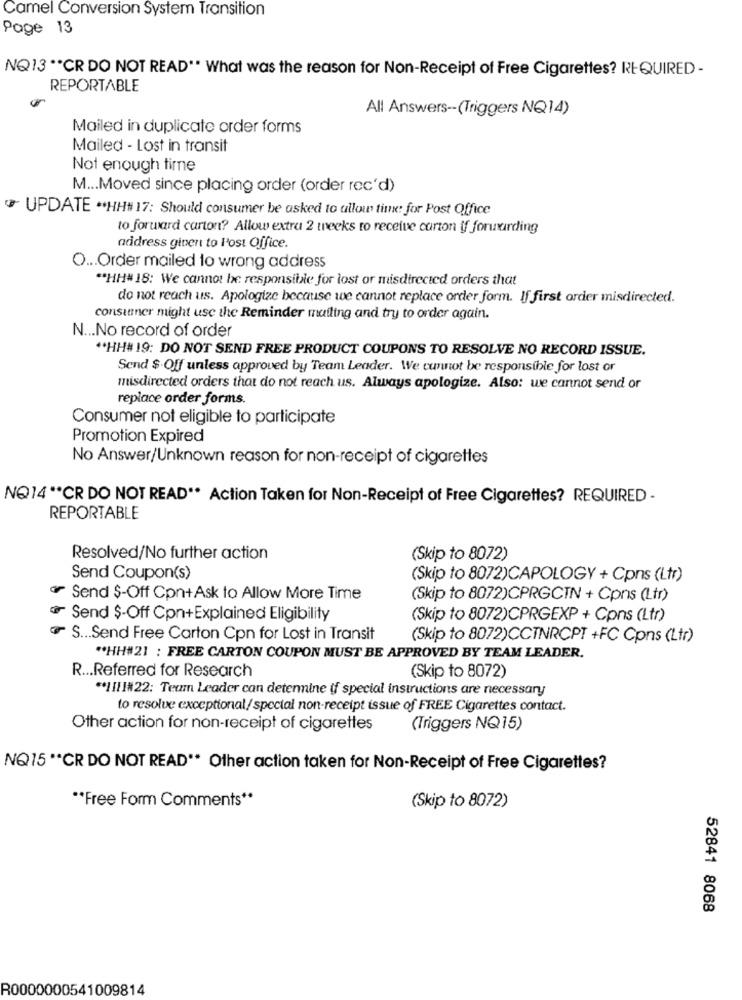
Camel Conversion System Transition
Page 13
NQ13 ** CR DO NOT READ". What was the reason for Non-Receipt of Free Cigarettes? REQUIRED -
REPORTABLE
All Answers -- (Triggers NQ14)
Mailed in duplicate order forms
Mailed - Lost in transit
Not enough time
M ... Moved since placing order (order rec'd)
UPDATE ** HH# 17: Should consumer be asked to allow time: for Post Office
to forward carton? Allow extra 2 weeks to receive carton if forwarding
address given to l'ost Office.
O ... Order mailed to wrong address
"HH# 18: We cannot be responsible for lost or misdirected orders that
do not reach us. Apologize because we cannot replace order form. If first order misdirected.
consinner might use the Reminder mailing and try to order again.
N ... No record of order
"HH# 19: DO NOT SEND FREE PRODUCT COUPONS TO RESOLVE NO RECORD ISSUE.
Send $ Off unless approved by Team Leader. We cannot be responsible for lost or
misdirected orders that do not reach us. Always apologize. Also: we cannot send or
replace order forms.
Consumer not eligible to participate
Promotion Expired
No Answer/Unknown reason for non-receipt of cigarettes
NQ14 ** CR DO NOT READ ** Action Taken for Non-Receipt of Free Cigarettes? REQUIRED -
REPORTABLE
Resolved/No further action
(Skip to 8072)
Send Coupon(s)
(Skip to 8072)CAPOLOGY + Cpns (Ltr)
Send $-Off Con+Ask to Allow More Time
(Skip to 8072)CPRGCTN + Cpns (Ltr)
Send $-Off Cpn+Explained Eligibility
(Skip to 8072)CPRGEXP + Cpns (Ltr)
S ... Send Free Carton Cpn for Lost in Transit
(Skip to 8072)CCTNRCPT +FC Cpns (Ltr)
** HH#21 : FREE CARTON COUPON MUST BE APPROVED BY TEAM LEADER.
R ... Referred for Research
(Skip to 8072)
** IIII#22: Team Leader can determine if special instructions are necessary
to resolve exceptional/special non-receipt issue of FREE Cigarettes contact.
Other action for non-receipt of cigarettes
(Triggers NQ15)
NQ15 ** CR DO NOT READ"* Other action taken for Non-Receipt of Free Cigarettes?
** Free Form Comments **
(Skip to 8072)
52841 8068
R0000000541009814